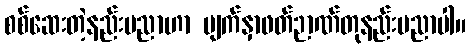
စစ်ဆေးတဲ့နည်းပညာဟာ မျက်နှာဖတ်ဉာဏ်တုနည်းပညာပါ။